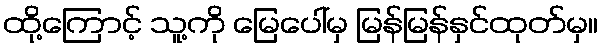
ထို့ကြောင့် သူ့ကို မြေပေါ်မှ မြန်မြန်နှင်ထုတ်မှ။